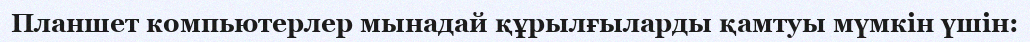
Планшет компьютерлер мынадай құрылғыларды қамтуы мүмкін үшін: